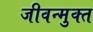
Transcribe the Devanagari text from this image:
जीवन्‍मुक्‍त